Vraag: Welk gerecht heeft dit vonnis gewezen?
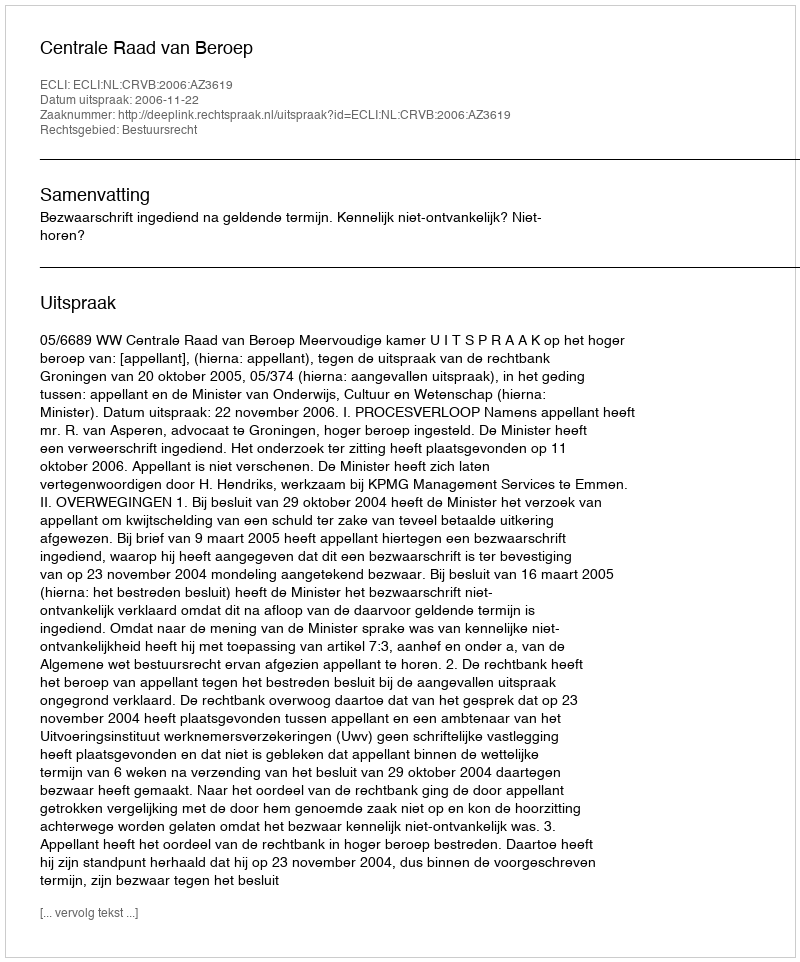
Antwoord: Centrale Raad van Beroep